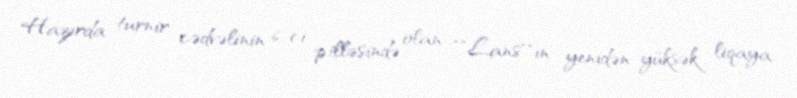
Hazırda turnir cədvəlinin 6-ci pilləsində olan ""Lans""ın yenidən yüksək liqaya